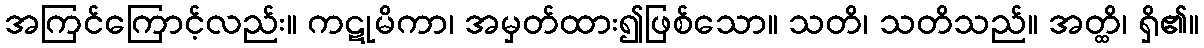
အကြင်ကြောင့်လည်း။ ကဋုမိကာ၊ အမှတ်ထား၍ဖြစ်သော။ သတိ၊ သတိသည်။ အတ္ထိ၊ ရှိ၏။